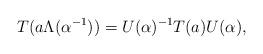
LaTeX: \begin{align*}T(a\Lambda(\alpha^{-1})) = U(\alpha)^{-1} T(a) U(\alpha), \end{align*}